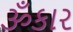
ૐકાર